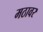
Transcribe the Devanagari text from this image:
मठावर